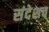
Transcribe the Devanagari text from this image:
संदेशच